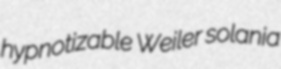
hypnotizable Weiler solania